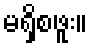
မရှိစဖူး။